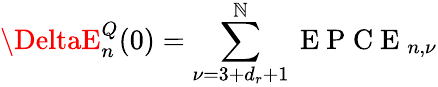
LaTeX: \DeltaE_{n}^{Q}(0)=\sum_{\nu=3+d_{r}+1}^{\mathbb{N}}\mathrm{{~E~P~C~E~}}_{n,\nu}